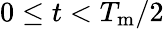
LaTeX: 0\leq t<T_{\mathrm{m}}/2